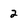
Character: 2